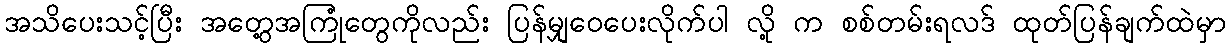
အသိပေးသင့်ပြီး အတွေ့အကြုံတွေကိုလည်း ပြန်မျှဝေပေးလိုက်ပါ လို့ က စစ်တမ်းရလဒ် ထုတ်ပြန်ချက်ထဲမှာ